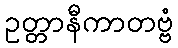
ဥတ္တာနီကာတဗ္ဗံ